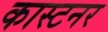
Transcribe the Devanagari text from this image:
कास्टनर